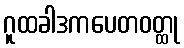
ဂူထခါဒကပေတဝတ္ထု